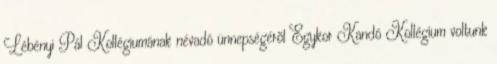
Lébényi Pál Kollégiumának névadó ünnepségérõl Egykor Kandó Kollégium voltunk